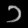
Digit: ၁